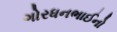
ગોરધનભાઈનો